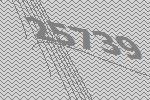
25739